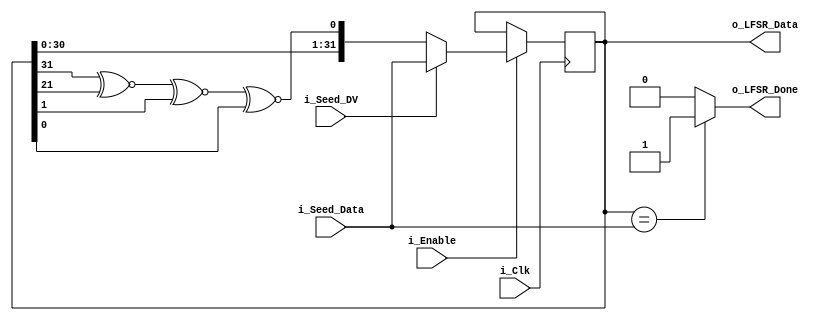
`timescale 1ns / 1ps
//////////////////////////////////////////////////////////////////////////////////
// Company: 
// Engineer: 
// 
// Design Name: 
// Module Name: randomNumberGenerator
// Project Name: 
// Target Devices: 
// Tool Versions: 
// Description: 
// 
// Dependencies: 
// 
// Revision:
// Revision 0.01 - File Created
// Additional Comments:
// 
//////////////////////////////////////////////////////////////////////////////////

//This code is adapted from nandland: https://www.nandland.com/vhdl/modules/lfsr-linear-feedback-shift-register.html
module randomNumberGenerator #(parameter NUM_BITS = 32)
  (
   input i_Clk,
   input i_Enable,
 
   // Optional Seed Value
   input i_Seed_DV,
   input [NUM_BITS-1:0] i_Seed_Data,
 
   output [NUM_BITS-1:0] o_LFSR_Data,
   output o_LFSR_Done
   );
 
  reg [NUM_BITS:1] r_LFSR = 0;
  reg              r_XNOR;
 
 
  // Purpose: Load up LFSR with Seed if Data Valid (DV) pulse is detected.
  // Othewise just run LFSR when enabled.
  always @(posedge i_Clk)
    begin
      if (i_Enable == 1'b1)
        begin
          if (i_Seed_DV == 1'b1)
            r_LFSR <= i_Seed_Data;
          else
            r_LFSR <= {r_LFSR[NUM_BITS-1:1], r_XNOR};
        end
    end
 
  // Create Feedback Polynomials.  Based on Application Note:
  // http://www.xilinx.com/support/documentation/application_notes/xapp052.pdf
  always @(*)
    begin
      case (NUM_BITS)
        3: begin
          r_XNOR = r_LFSR[3] ^~ r_LFSR[2];
        end
        4: begin
          r_XNOR = r_LFSR[4] ^~ r_LFSR[3];
        end
        5: begin
          r_XNOR = r_LFSR[5] ^~ r_LFSR[3];
        end
        6: begin
          r_XNOR = r_LFSR[6] ^~ r_LFSR[5];
        end
        7: begin
          r_XNOR = r_LFSR[7] ^~ r_LFSR[6];
        end
        8: begin
          r_XNOR = r_LFSR[8] ^~ r_LFSR[6] ^~ r_LFSR[5] ^~ r_LFSR[4];
        end
        9: begin
          r_XNOR = r_LFSR[9] ^~ r_LFSR[5];
        end
        10: begin
          r_XNOR = r_LFSR[10] ^~ r_LFSR[7];
        end
        11: begin
          r_XNOR = r_LFSR[11] ^~ r_LFSR[9];
        end
        12: begin
          r_XNOR = r_LFSR[12] ^~ r_LFSR[6] ^~ r_LFSR[4] ^~ r_LFSR[1];
        end
        13: begin
          r_XNOR = r_LFSR[13] ^~ r_LFSR[4] ^~ r_LFSR[3] ^~ r_LFSR[1];
        end
        14: begin
          r_XNOR = r_LFSR[14] ^~ r_LFSR[5] ^~ r_LFSR[3] ^~ r_LFSR[1];
        end
        15: begin
          r_XNOR = r_LFSR[15] ^~ r_LFSR[14];
        end
        16: begin
          r_XNOR = r_LFSR[16] ^~ r_LFSR[15] ^~ r_LFSR[13] ^~ r_LFSR[4];
          end
        17: begin
          r_XNOR = r_LFSR[17] ^~ r_LFSR[14];
        end
        18: begin
          r_XNOR = r_LFSR[18] ^~ r_LFSR[11];
        end
        19: begin
          r_XNOR = r_LFSR[19] ^~ r_LFSR[6] ^~ r_LFSR[2] ^~ r_LFSR[1];
        end
        20: begin
          r_XNOR = r_LFSR[20] ^~ r_LFSR[17];
        end
        21: begin
          r_XNOR = r_LFSR[21] ^~ r_LFSR[19];
        end
        22: begin
          r_XNOR = r_LFSR[22] ^~ r_LFSR[21];
        end
        23: begin
          r_XNOR = r_LFSR[23] ^~ r_LFSR[18];
        end
        24: begin
          r_XNOR = r_LFSR[24] ^~ r_LFSR[23] ^~ r_LFSR[22] ^~ r_LFSR[17];
        end
        25: begin
          r_XNOR = r_LFSR[25] ^~ r_LFSR[22];
        end
        26: begin
          r_XNOR = r_LFSR[26] ^~ r_LFSR[6] ^~ r_LFSR[2] ^~ r_LFSR[1];
        end
        27: begin
          r_XNOR = r_LFSR[27] ^~ r_LFSR[5] ^~ r_LFSR[2] ^~ r_LFSR[1];
        end
        28: begin
          r_XNOR = r_LFSR[28] ^~ r_LFSR[25];
        end
        29: begin
          r_XNOR = r_LFSR[29] ^~ r_LFSR[27];
        end
        30: begin
          r_XNOR = r_LFSR[30] ^~ r_LFSR[6] ^~ r_LFSR[4] ^~ r_LFSR[1];
        end
        31: begin
          r_XNOR = r_LFSR[31] ^~ r_LFSR[28];
        end
        32: begin
          r_XNOR = r_LFSR[32] ^~ r_LFSR[22] ^~ r_LFSR[2] ^~ r_LFSR[1];
        end
 
      endcase // case (NUM_BITS)
    end // always @ (*)
 
 
  assign o_LFSR_Data = r_LFSR[NUM_BITS:1];
 
  // Conditional Assignment (?)
  assign o_LFSR_Done = (r_LFSR[NUM_BITS:1] == i_Seed_Data) ? 1'b1 : 1'b0;
 
endmodule // LFSR